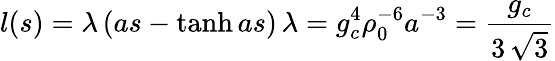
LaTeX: l(s)=\lambda\left(as-\operatorname{tanh}as\right)\, \lambda=g_{c}^{4}\rho_{0}^{-6}a^{-3}=\frac{g_{c}}{3\, \sqrt{3}}